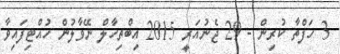
3 ހަފްތާ ކުރިން - 29 ޖެނުއަރީ 2015 އިބްތިހާލް ނޭވާލުން ހުއްޓިފައިވާ